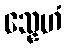
သ္နေဟံ